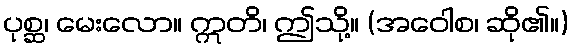
ပုစ္ဆ၊ မေးလော။ ဣတိ၊ ဤသို့။ (အဝေါစ၊ ဆို၏။)